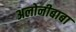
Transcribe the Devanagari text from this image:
अलोनीबाबा